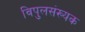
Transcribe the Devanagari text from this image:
विपुलसंख्यक